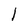
Character: l